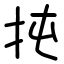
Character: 扽